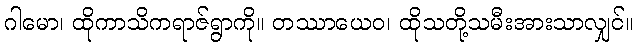
ဂါမော၊ ထိုကာသိကရာဇ်ရွာကို။ တဿာယေဝ၊ ထိုသတို့သမီးအားသာလျှင်။